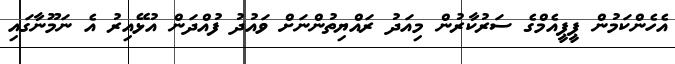
އެހެންކަމުން ޕީޕީއެމްގެ ސަރުކާރުން މިއަދު ރައްޔިތުންނަށް ވައުދު ފުއްދަން އުޅޭއިރު އެ ނަމޫނާގައި